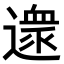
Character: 𨖼